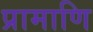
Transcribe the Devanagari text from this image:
प्रामाणि